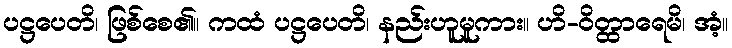
ပဋ္ဌပေတိ၊ ဖြစ်စေ၏။ ကထံ ပဋ္ဌပေတိ၊ နည်းဟူမူကား။ ဟိ-ဝိတ္ထာရေမိ၊ အံ့။